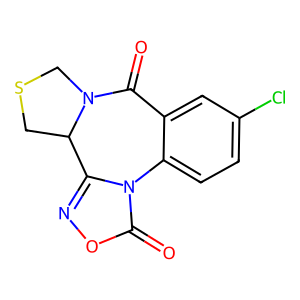
SMILES: O=C1c2cc(Cl)ccc2-n2c(noc2=O)C2CSCN12
Inhibits HIV replication: No